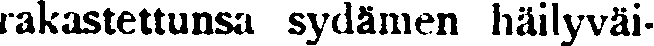
rakastettunsa sydämen häilyväi-